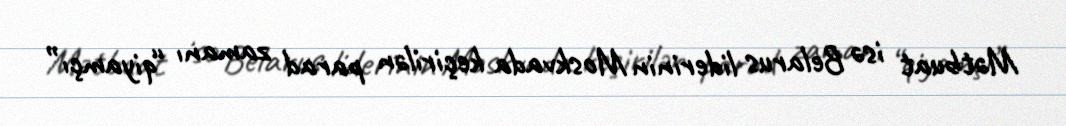
Mətbuat isə Belarus liderinin Moskvada keçirilən parad zamanı “qiyamçı”